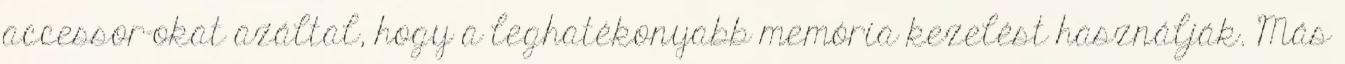
accessor-okat azáltal, hogy a leghatékonyabb memória kezelést használják. Más